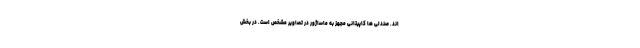
اند. صندلی ها کاپیتانی مجهز به ماساژور در تصاویر مشخص است. در بخش